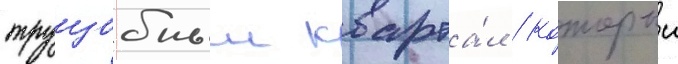
трущобныи кварта́л / которыи